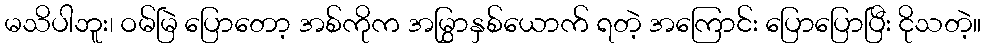
မသိပါဘူး၊ ဝမ်မြဲ ပြောတော့ အစ်ကိုက အမြွှာနှစ်ယောက် ရတဲ့ အကြောင်း ပြောပြောပြီး ငိုသတဲ့။